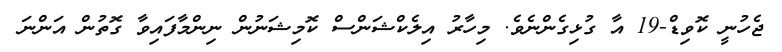
ޖެހުނީ ކޮވިޑް-19 އާ ގުޅިގެންނެވެ. މިހާރު އިލެކްޝަންސް ކޮމިޝަނުން ނިންމާފައިވާ ގޮތުން އަންނަ